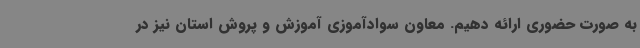
به صورت حضوری ارائه دهیم. معاون سوادآموزی آموزش و پروش استان نیز در